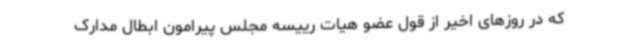
که در روزهای اخیر از قول عضو هیات رییسه مجلس پیرامون ابطال مدارک